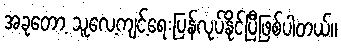
အခုတော့ သူလေ့ကျင့်ရေးပြန်လုပ်နိုင်ပြီဖြစ်ပါတယ်။